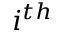
i ^ { t h }